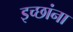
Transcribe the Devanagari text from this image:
इच्छांना